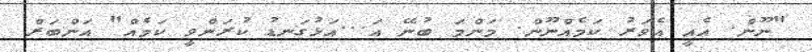
"ނޫން. އެއީ އެވަރު ކަމެއްނޫން. މަންމަ ބުނޭ އަ...އަޅުގަނޑު ކުރަންވީ ކަމެއް" އަންބަރް